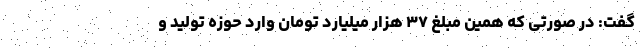
گفت: در صورتی که همین مبلغ ۳۷ هزار میلیارد تومان وارد حوزه تولید و